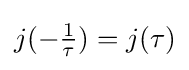
j(-{\tfrac {1}{\tau }})=j(\tau )